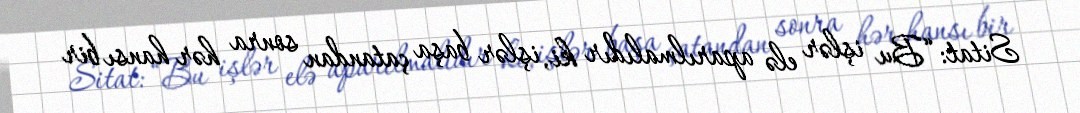
Sitat: “Bu işlər elə aparılmalıdır ki, işlər başa çatandan sonra hər hansı bir